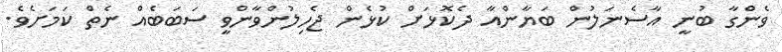
ވެންގާ ބުނީ އާސެނަލުން ބަޔާންއާ ދެކޮޅަށް ކުޅެން ޖެހިލުންވާންވީ ސަބަބެއް ނެތް ކަމަށެވެ.